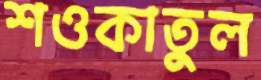
শওকাতুল